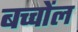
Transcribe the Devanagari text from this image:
बच्चोंल